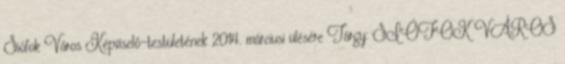
Siófok Város Képviselő-testületének 2014. márciusi ülésére Tárgy: SIÓFOK VÁROS